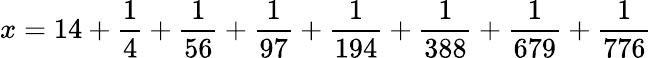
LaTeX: x=14+{\frac{1}{4}}+{\frac{1}{56}}+{\frac{1}{97}}+{\frac{1}{194}}+{\frac{1}{388}}+{\frac{1}{679}}+{\frac{1}{776}}